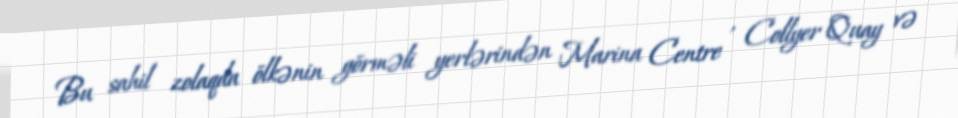
Bu sahil zolaqda ölkənin görməli yerlərindən Marina Centre , Collyer Quay və